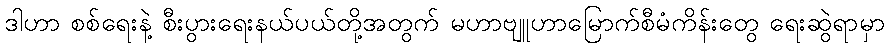
ဒါဟာ စစ်ရေးနဲ့ စီးပွားရေးနယ်ပယ်တို့အတွက် မဟာဗျူဟာမြောက်စီမံကိန်းတွေ ရေးဆွဲရာမှာ